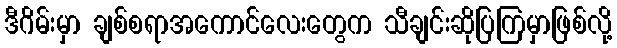
ဒီဂိမ်းမှာ ချစ်စရာအကောင်လေးတွေက သီချင်းဆိုပြကြမှာဖြစ်လို့